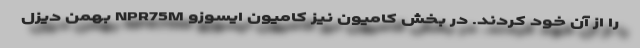
را از آن خود کردند. در بخش کامیون نیز کامیون ایسوزو NPR75M بهمن دیزل